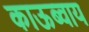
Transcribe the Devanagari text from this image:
काऊब्वाय